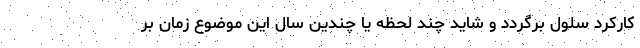
کارکرد سلول برگردد و شاید چند لحظه یا چندین سال این موضوع زمان بر